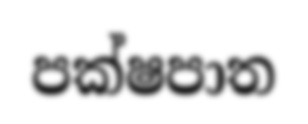
පක්ෂපාත